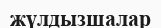
жүлдызшалар